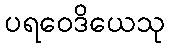
ပရဝေဒိယေသု